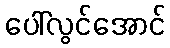
ပေါ်လွင်အောင်